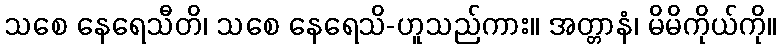
သစေ နေရေသီတိ၊ သစေ နေရေသိ-ဟူသည်ကား။ အတ္တာနံ၊ မိမိကိုယ်ကို။